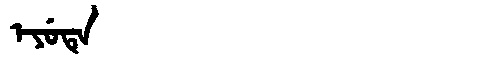
Manchu: ᡝᠶᡠᡨᡝ
Romanization: EYUTE